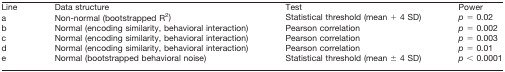
<table><thead><tr><td><b>Line</b></td><td><b>Data structure</b></td><td><b>Test</b></td><td><b>Power</b></td></tr></thead><tbody><tr><td>a</td><td>Non-normal (bootstrapped R<sup>2</sup>)</td><td>Statistical threshold (mean + 4 SD)</td><td><i>p</i> = 0.02</td></tr><tr><td>b</td><td>Normal (encoding similarity, behavioral interaction)</td><td>Pearson correlation</td><td><i>p</i> = 0.002</td></tr><tr><td>c</td><td>Normal (encoding similarity, behavioral interaction)</td><td>Pearson correlation</td><td><i>p</i> = 0.003</td></tr><tr><td>d</td><td>Normal (encoding similarity, behavioral interaction)</td><td>Pearson correlation</td><td><i>p</i> = 0.01</td></tr><tr><td>e</td><td>Normal (bootstrapped behavioral noise)</td><td>Statistical threshold (mean ± 4 SD)</td><td><i>p</i> &lt; 0.0001</td></tr></tbody></table>